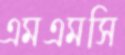
এমএমসি